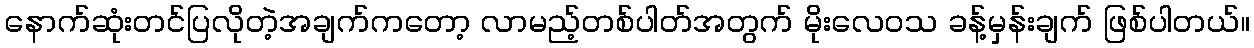
နောက်ဆုံးတင်ပြလိုတဲ့အချက်ကတော့ လာမည့်တစ်ပါတ်အတွက် မိုးလေဝသ ခန့်မှန်းချက် ဖြစ်ပါတယ်။